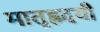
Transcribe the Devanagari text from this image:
मातृह्रदयी